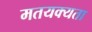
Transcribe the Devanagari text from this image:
मतयक्यता